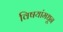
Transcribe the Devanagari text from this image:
विषयांमधून